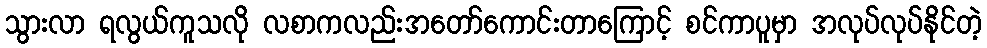
သွားလာ ရလွယ်ကူသလို လစာကလည်းအတော်ကောင်းတာကြောင့် စင်ကာပူမှာ အလုပ်လုပ်နိုင်တဲ့